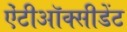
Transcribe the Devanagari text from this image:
ऐंटीऑक्सीडेंट